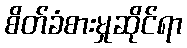
စိတ်ခံစားမှုဆိုင်ရာ